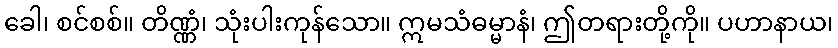
ခေါ၊ စင်စစ်။ တိဏ္ဏံ၊ သုံးပါးကုန်သော။ ဣမသံဓမ္မာနံ၊ ဤတရားတို့ကို။ ပဟာနာယ၊